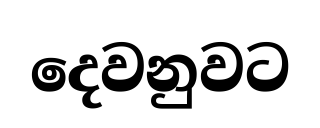
දෙවනුවට